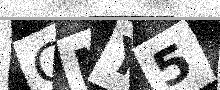
Text: GNY5